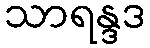
သာရန္ဒဒ